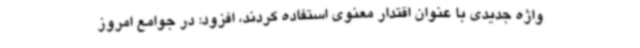
واژه جدیدی با عنوان اقتدار معنوی استفاده کردند، افزود: در جوامع امروز